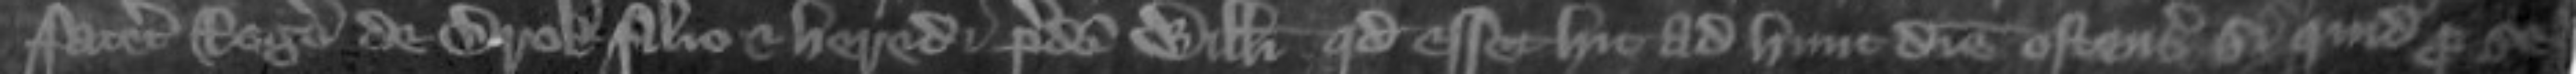
faceret Rogero de Brok filio et heredi predicti Willelmi quod esset hic ad hunc diem ostensurus si quid pro se